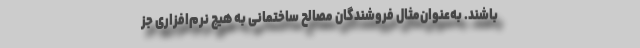
باشند. به‌عنوان‌مثال فروشندگان مصالح ساختمانی به هیچ نرم‌افزاری جز